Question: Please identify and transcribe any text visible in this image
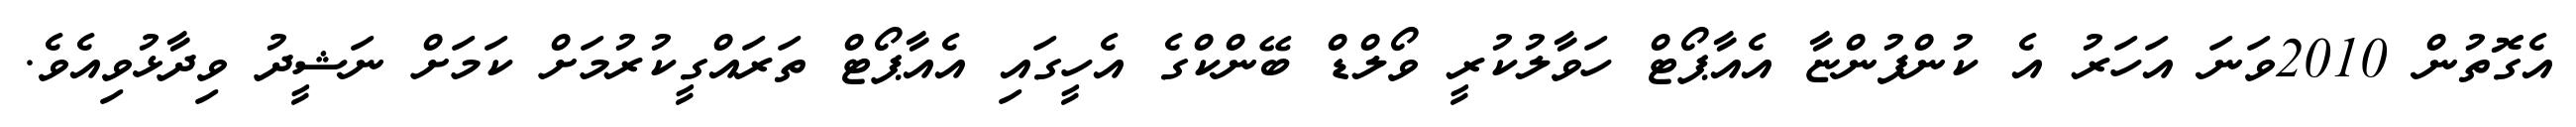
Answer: އެގޮތުން 2010ވަނަ އަހަރު އެ ކުންފުންޏާ އެއާޕޯޓް ހަވާލުކުރީ ވޯލްޑް ބޭންކްގެ އެހީގައި އެއާޕޯޓް ތަރައްގީކުރުމަށް ކަމަށް ނަޝީދު ވިދާޅުވިއެވެ.